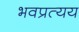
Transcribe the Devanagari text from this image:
भवप्रत्यय